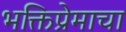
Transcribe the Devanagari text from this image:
भक्तिप्रेमाचा